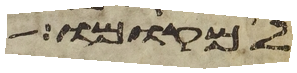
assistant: למקומו